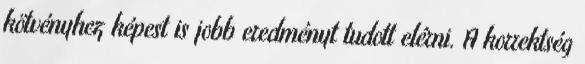
kötvényhez képest is jobb eredményt tudott elérni. A korrektség